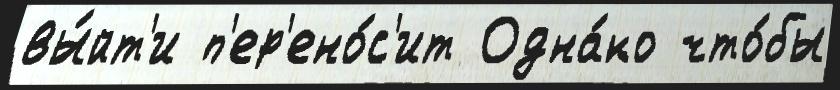
вы́йт'и п'ер'ено́с'ит Одна́ко что́бы